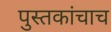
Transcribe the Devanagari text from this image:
पुस्तकांचाच